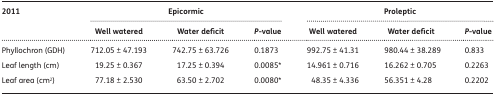
| <ROWSPAN=2> 2011 | <COLSPAN=3> Epicormic | <COLSPAN=3> Proleptic |
 | Well watered | Water deficit | P-value | Well watered | Water deficit | P-value |
 | --- | --- | --- | --- | --- | --- | --- |
 | Phyllochron (GDH) | 712.05 ± 47.193 | 742.75 ± 63.726 | 0.1873 | 992.75 ± 41.31 | 980.44 ± 38.289 | 0.833 |
 | Leaf length (cm) | 19.25 ± 0.367 | 17.25 ± 0.394 | 0.0085* | 14.961 ± 0.716 | 16.262 ± 0.705 | 0.2263 |
 | Leaf area (cm2) | 77.18 ± 2.530 | 63.50 ± 2.702 | 0.0080* | 48.35 ± 4.336 | 56.351 ± 4.28 | 0.2202 |